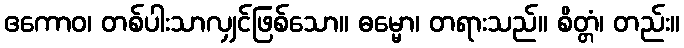
ဧကောဝ၊ တစ်ပါးသာလျှင်ဖြစ်သော။ ဓမ္မော၊ တရားသည်။ စိတ္တံ၊ တည်း။